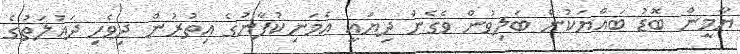
ޔާމީން ބޮޑު ބައްޔަކުން ބަލިވުން ވެގެން ދިޔައީ އެމަނިކުފާނުގެ އިތުރުން ދިވެހި ދައުލަތުގެ